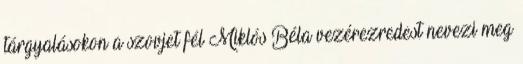
tárgyalásokon a szovjet fél Miklós Béla vezérezredest nevezi meg